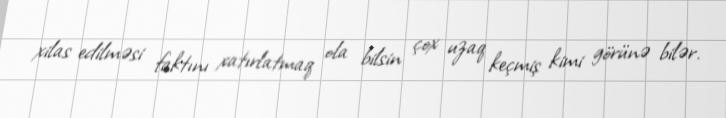
xilas edilməsi faktını xatırlatmaq ola bilsin çox uzaq keçmiş kimi görünə bilər.